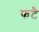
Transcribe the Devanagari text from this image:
फटै